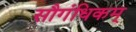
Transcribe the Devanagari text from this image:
सौगंधिकम्